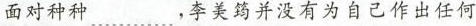
面对种种……，李美筠并没有为自己作出任何